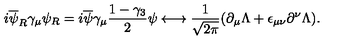
i \overline { { \psi } } _ { R } \gamma _ { \mu } \psi _ { R } = i \overline { { \psi } } \gamma _ { \mu } \frac { 1 - \gamma _ { 3 } } { 2 } \psi \longleftrightarrow \frac { 1 } { \sqrt { 2 \pi } } ( \partial _ { \mu } \Lambda + \epsilon _ { \mu \nu } \partial ^ { \nu } \Lambda ) .